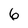
Character: 6